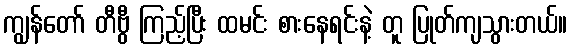
ကျွန်တော် တီဗွီ ကြည့်ပြီး ထမင်း စားနေရင်းနဲ့ တူ ပြုတ်ကျသွားတယ်။